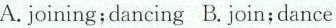
A.joining;dancing B.Join;dance